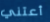
أعتني